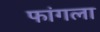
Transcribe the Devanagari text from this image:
फांगला